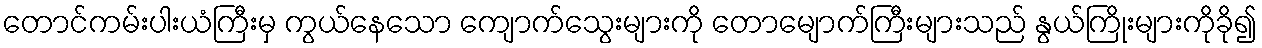
တောင်ကမ်းပါးယံကြီးမှ ကွယ်နေသော ကျောက်သွေးများကို တောမျောက်ကြီးများသည် နွယ်ကြိုးများကိုခို၍